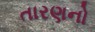
તારણનો